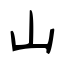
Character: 山